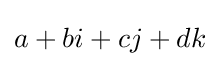
a+bi+cj+dk